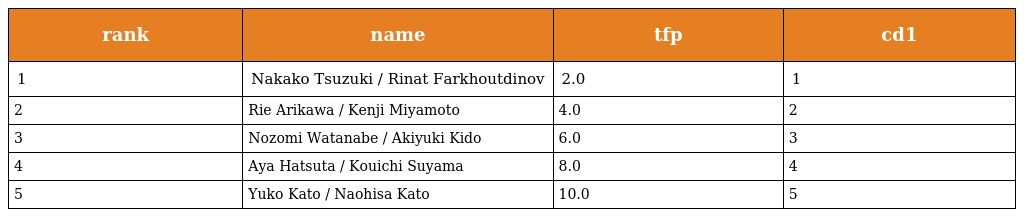
| rank | name | tfp | cd1 |
 | --- | --- | --- | --- |
 | 1 | Nakako Tsuzuki / Rinat Farkhoutdinov | 2.0 | 1 |
 | 2 | Rie Arikawa / Kenji Miyamoto | 4.0 | 2 |
 | 3 | Nozomi Watanabe / Akiyuki Kido | 6.0 | 3 |
 | 4 | Aya Hatsuta / Kouichi Suyama | 8.0 | 4 |
 | 5 | Yuko Kato / Naohisa Kato | 10.0 | 5 |